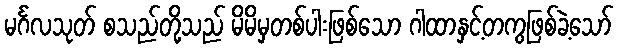
မင်္ဂလသုတ် စသည်တို့သည် မိမိမှတစ်ပါးဖြစ်သော ဂါထာနှင့်တကွဖြစ်ခဲ့သော်